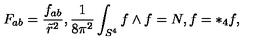
F _ { a b } = \frac { f _ { a b } } { \tilde { r } ^ { 2 } } , \frac { 1 } { 8 \pi ^ { 2 } } \int _ { S ^ { 4 } } f \wedge f = N , f = * _ { 4 } f ,